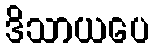
ဒိသာယပေ